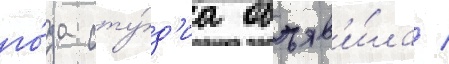
го́да сту́д'иа объяв'и́ла /